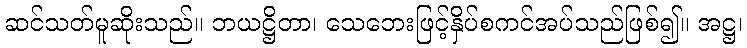
ဆင်သတ်မူဆိုးသည်။ ဘယဋ္ဌိတာ၊ သေဘေးဖြင့်နှိပ်စကင်အပ်သည်ဖြစ်၍။ အဋ္ဌ၊